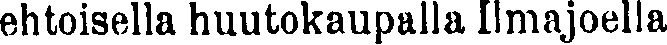
ehtoisella huutokaupalla Ilmajoella